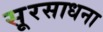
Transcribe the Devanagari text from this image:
सूरसाधना